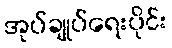
အုပ်ချုပ်ရေးပိုင်း